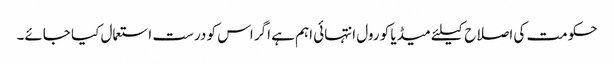
حکومت کی اصلاح کیلئے میڈیا کو رول انتہائی اہم ہے اگر اس کو درست استعمال کیا جائے۔